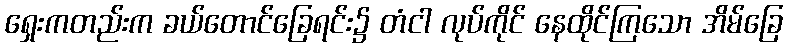
ရှေးကတည်းက ခယ်တောင်ခြေရင်း၌ တံငါ လုပ်ကိုင် နေထိုင်ကြသော အိမ်ခြေ